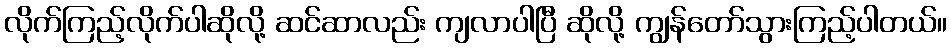
လိုက်ကြည့်လိုက်ပါဆိုလို့ ဆင်ဆာလည်း ကျလာပါပြီ ဆိုလို့ ကျွန်တော်သွားကြည့်ပါတယ်။